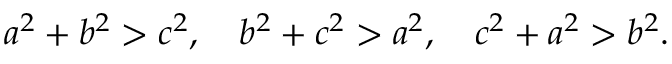
a ^ { 2 } + b ^ { 2 } > c ^ { 2 } , \quad b ^ { 2 } + c ^ { 2 } > a ^ { 2 } , \quad c ^ { 2 } + a ^ { 2 } > b ^ { 2 } .